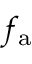
f _ { \mathrm { a } }